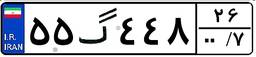
۰۹گ۸۵۸۷۵